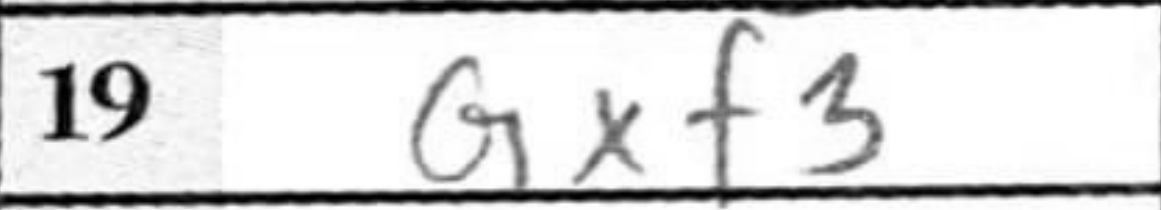
Transcription: Qxf3